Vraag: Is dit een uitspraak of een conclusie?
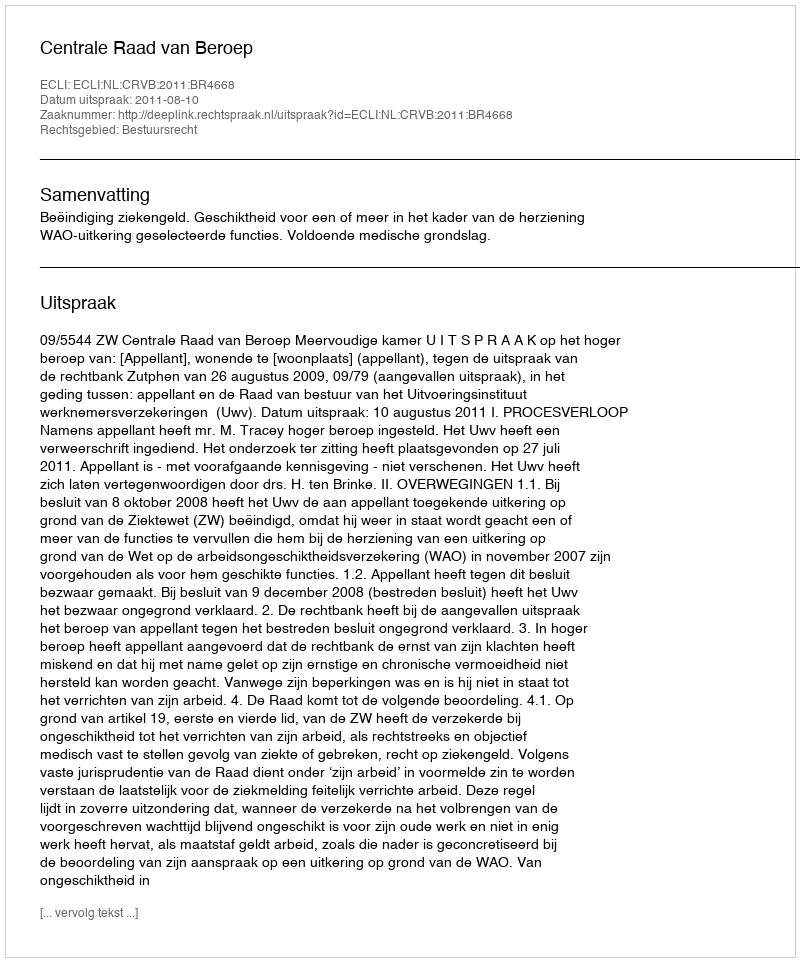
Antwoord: Uitspraak